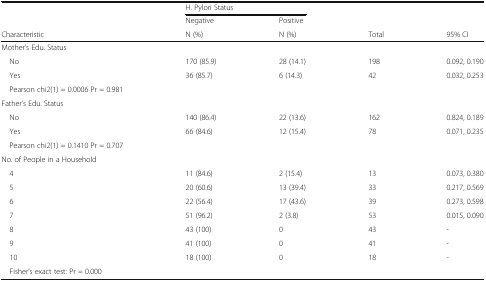
|  | <COLSPAN=2> H. Pylori Status |  |  |
 |  | Negative | Positive |  |  |
 | Characteristic | N (%) | N (%) | Total | 95% CI |
 | --- | --- | --- | --- | --- |
 | <COLSPAN=5> Mother’s Edu. Status |
 | No | 170 (85.9) | 28 (14.1) | 198 | 0.092, 0.190 |
 | Yes | 36 (85.7) | 6 (14.3) | 42 | 0.032, 0.253 |
 | Pearson chi2(1) = 0.0006 Pr = 0.981 |  |  |  |  |
 | <COLSPAN=5> Father’s Edu. Status |
 | No | 140 (86.4) | 22 (13.6) | 162 | 0.824, 0.189 |
 | Yes | 66 (84.6) | 12 (15.4) | 78 | 0.071, 0.235 |
 | Pearson chi2(1) = 0.1410 Pr = 0.707 |  |  |  |  |
 | <COLSPAN=5> No. of People in a Household |
 | 4 | 11 (84.6) | 2 (15.4) | 13 | 0.073, 0.380 |
 | 5 | 20 (60.6) | 13 (39.4) | 33 | 0.217, 0.569 |
 | 6 | 22 (56.4) | 17 (43.6) | 39 | 0.273, 0.598 |
 | 7 | 51 (96.2) | 2 (3.8) | 53 | 0.015, 0.090 |
 | 8 | 43 (100) | 0 | 43 | - |
 | 9 | 41 (100) | 0 | 41 | - |
 | 10 | 18 (100) | 0 | 18 | - |
 | Fisher’s exact test: Pr = 0.000 |  |  |  |  |